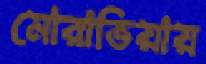
মোরাভিয়ায়